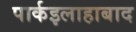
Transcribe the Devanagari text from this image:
पार्कइलाहाबाद